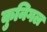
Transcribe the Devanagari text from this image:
कुनिगल